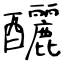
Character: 釃